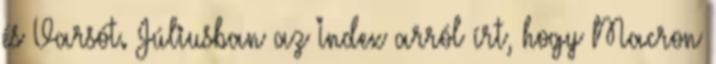
és Varsót. Júliusban az Index arról írt, hogy Macron